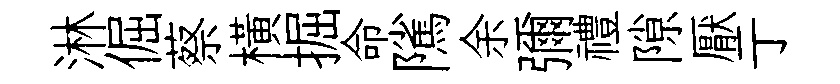
淋倔蔡横掘命隲余彌禮隙厭亍